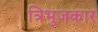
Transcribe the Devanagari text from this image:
त्रिभुजकार